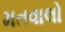
મતવાલો